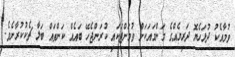
ވުމާއެކު ދުުޅަހެޔޮ ދަރިޔެއްގެ މަންމައަކަށް ވުމަށްޓަކައި ކުރަންޖެހޭ ބައެއް ކަންތައް ބަލާ ޗެކުކުރާށެވެ.